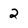
Character: 2